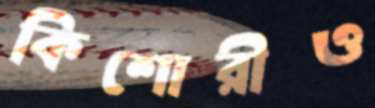
কিশোরীও